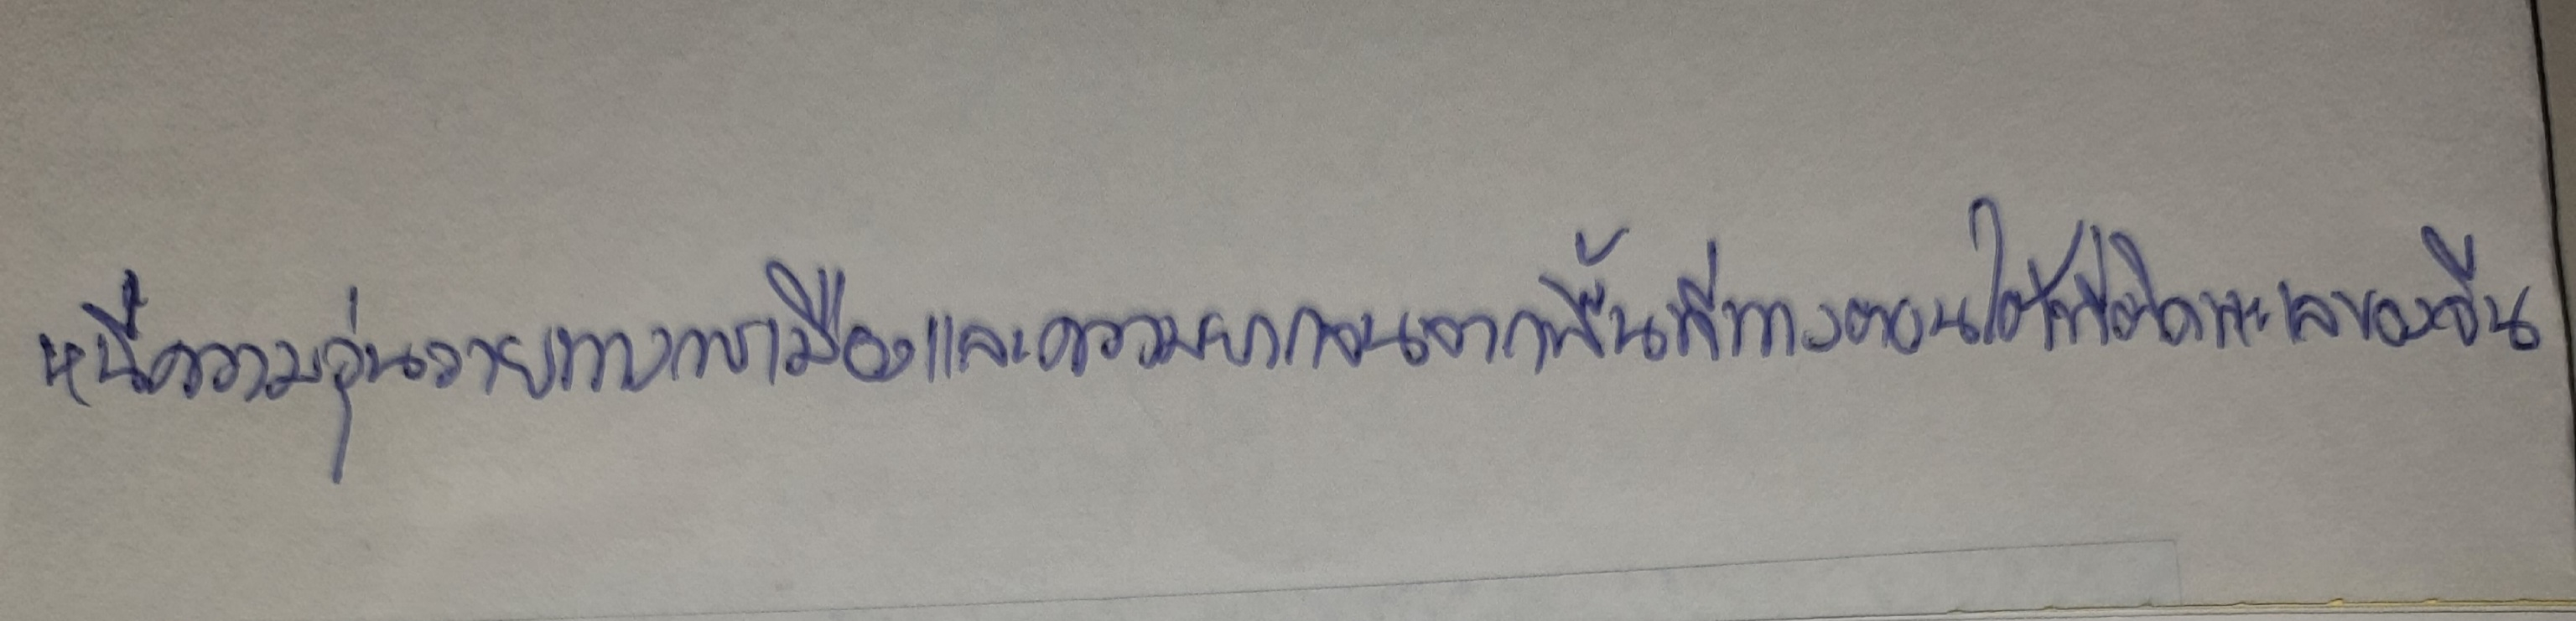
หนีความวุ่นวายทางการเมืองและความยากจนจากพื้นที่ทางตอนใต้ที่ติดทะเลของจีน